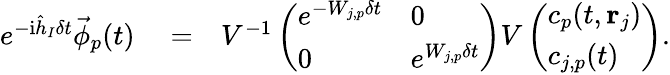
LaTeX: \begin{array}{rlr}{e^{-\mathrm{i}\hat{h}_{I}\delta t}\vec{\phi}_{p}(t)}&{{}=}&{V^{-1}\left(\begin{array}{ll}{e^{-W_{j,p}\delta t}}&{0}\\ {0}&{e^{W_{j,p}\delta t}}\end{array}\right)V\left(\begin{array}{l}{c_{p}(t,{\mathbf r}_{j})}\\ {c_{j,p}(t)}\end{array}\right).}\end{array}